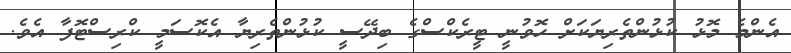
އެންމެ މޮޅު ކުޅުންތެރިޔަކަށް ހޮވުނީ ޓީރެކްސްގެ ބިދޭސީ ކުޅުންތެރިޔާ އެކޮސަމީ ކްރިސްޓޮފާ އެވެ.